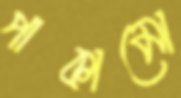
পাকামো